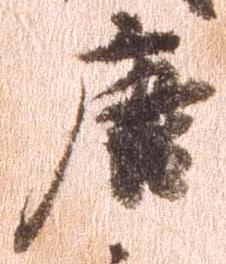
唐